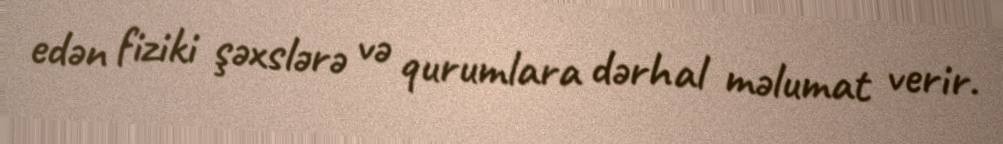
edən fiziki şəxslərə və qurumlara dərhal məlumat verir.